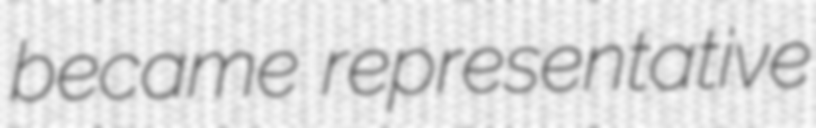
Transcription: became representative